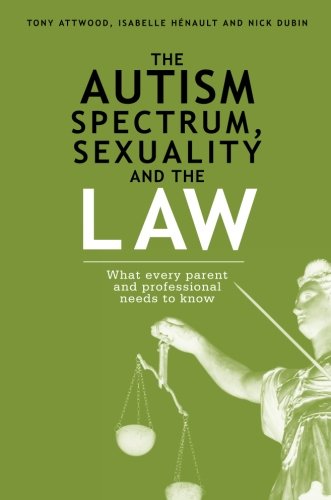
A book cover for The Autism Spectrum, Sexuality and the Law: What every parent and professional needs to know; Nick Dubin; Health, Fitness & Dieting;